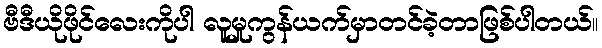
ဗီဒီယိုဖိုင်လေးကိုပါ လူမှုကွန်ယက်မှာတင်ခဲ့တာဖြစ်ပါတယ်။